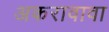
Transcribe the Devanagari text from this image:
अकरावावा